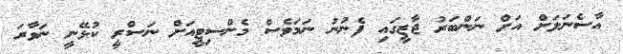
އާސެނަލަށް އަށް ނަންބަރު ޖާޒީގައި ފެނުނު ނަމަވެސް މެންސިޓީއަށް ނަސްރީ ކުޅޭނީ ނަވާރަ